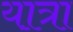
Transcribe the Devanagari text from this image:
या़त्रा